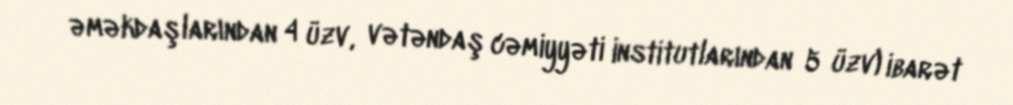
əməkdaşlarından 4 üzv, vətəndaş cəmiyyəti institutlarından 5 üzv) ibarət